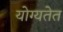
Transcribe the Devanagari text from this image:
योग्यतेत